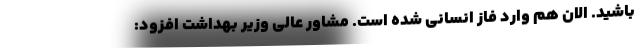
باشید. الان هم وارد فاز انسانی شده است. مشاور عالی وزیر بهداشت افزود: